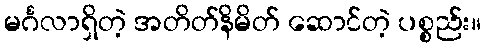
မင်္ဂလာရှိတဲ့ အတိတ်နိမိတ် ဆောင်တဲ့ ပစ္စည်း။